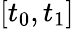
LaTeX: [t_{0},t_{1}]